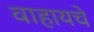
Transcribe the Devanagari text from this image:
वाहायचे